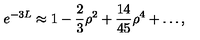
e ^ { - 3 L } \approx 1 - \frac { 2 } { 3 } \rho ^ { 2 } + \frac { 1 4 } { 4 5 } \rho ^ { 4 } + \ldots ,